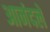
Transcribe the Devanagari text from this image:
आनंदले